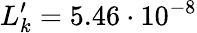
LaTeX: L_{k}^{\prime}=5.46\cdot 10^{-8}